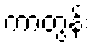
ကာတွန်း